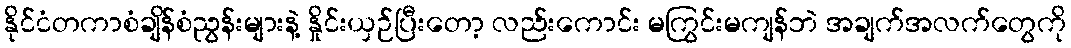
နိုင်ငံတကာစံချိန်စံညွန်းများနဲ့ နှိုင်းယှဉ်ပြီးတော့ လည်းကောင်း မကြွင်းမကျန်ဘဲ အချက်အလက်တွေကို